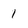
Character: 1